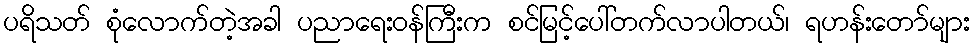
ပရိသတ် စုံလောက်တဲ့အခါ ပညာရေးဝန်ကြီးက စင်မြင့်ပေါ်တက်လာပါတယ်၊ ရဟန်းတော်များ